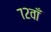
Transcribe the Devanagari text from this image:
७२वाँ